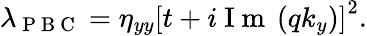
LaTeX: \begin{array}{r}{\lambda_{\mathrm{~P~B~C~}}=\eta_{yy}\left[t+i\mathrm{~I~m~}\left(qk_{y}\right)\right]^{2}.}\end{array}